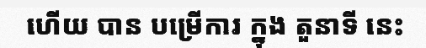
ហើយ បាន បម្រើការ ក្នុង តួនាទី នេះ